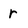
Character: r